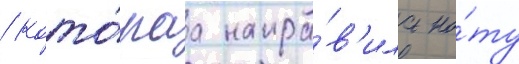
/ кото́раа напра́в'ила но́ту